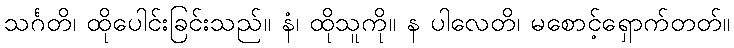
သင်္ဂတိ၊ ထိုပေါင်းခြင်းသည်။ နံ၊ ထိုသူကို။ န ပါလေတိ၊ မစောင့်ရှောက်တတ်။